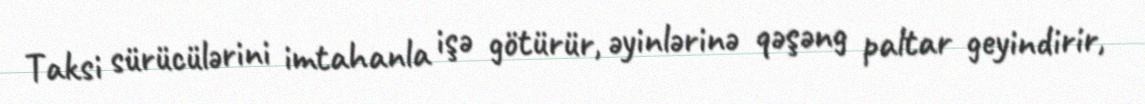
Taksi sürücülərini imtahanla işə götürür, əyinlərinə qəşəng paltar geyindirir,